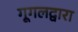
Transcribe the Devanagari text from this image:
गूगलद्वारा